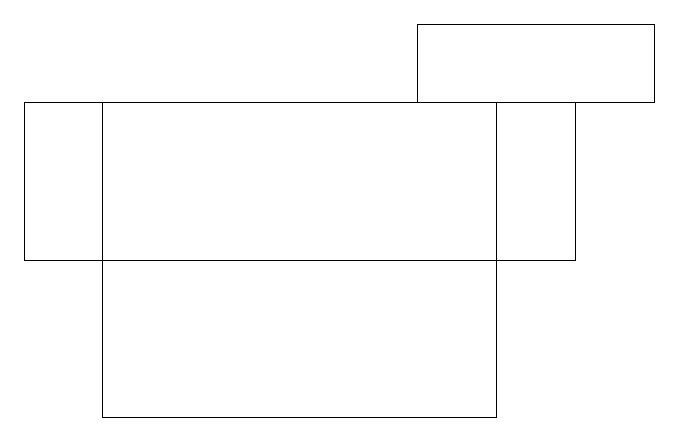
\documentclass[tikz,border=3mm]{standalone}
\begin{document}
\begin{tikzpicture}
\draw (1,15) rectangle (6,11);
\draw (0,15) rectangle (7,13);
\draw (8,15) rectangle (5,16);
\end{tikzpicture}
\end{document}